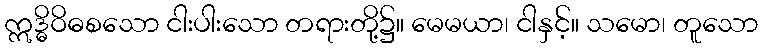
ဣဒ္ဓိဝိဓစသော ငါးပါးသော တရားတို့၌။ မေမယာ၊ ငါနှင့်။ သမော၊ တူသော